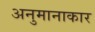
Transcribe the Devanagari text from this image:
अनुमानाकार